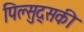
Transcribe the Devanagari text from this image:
पिल्सुद्सकी